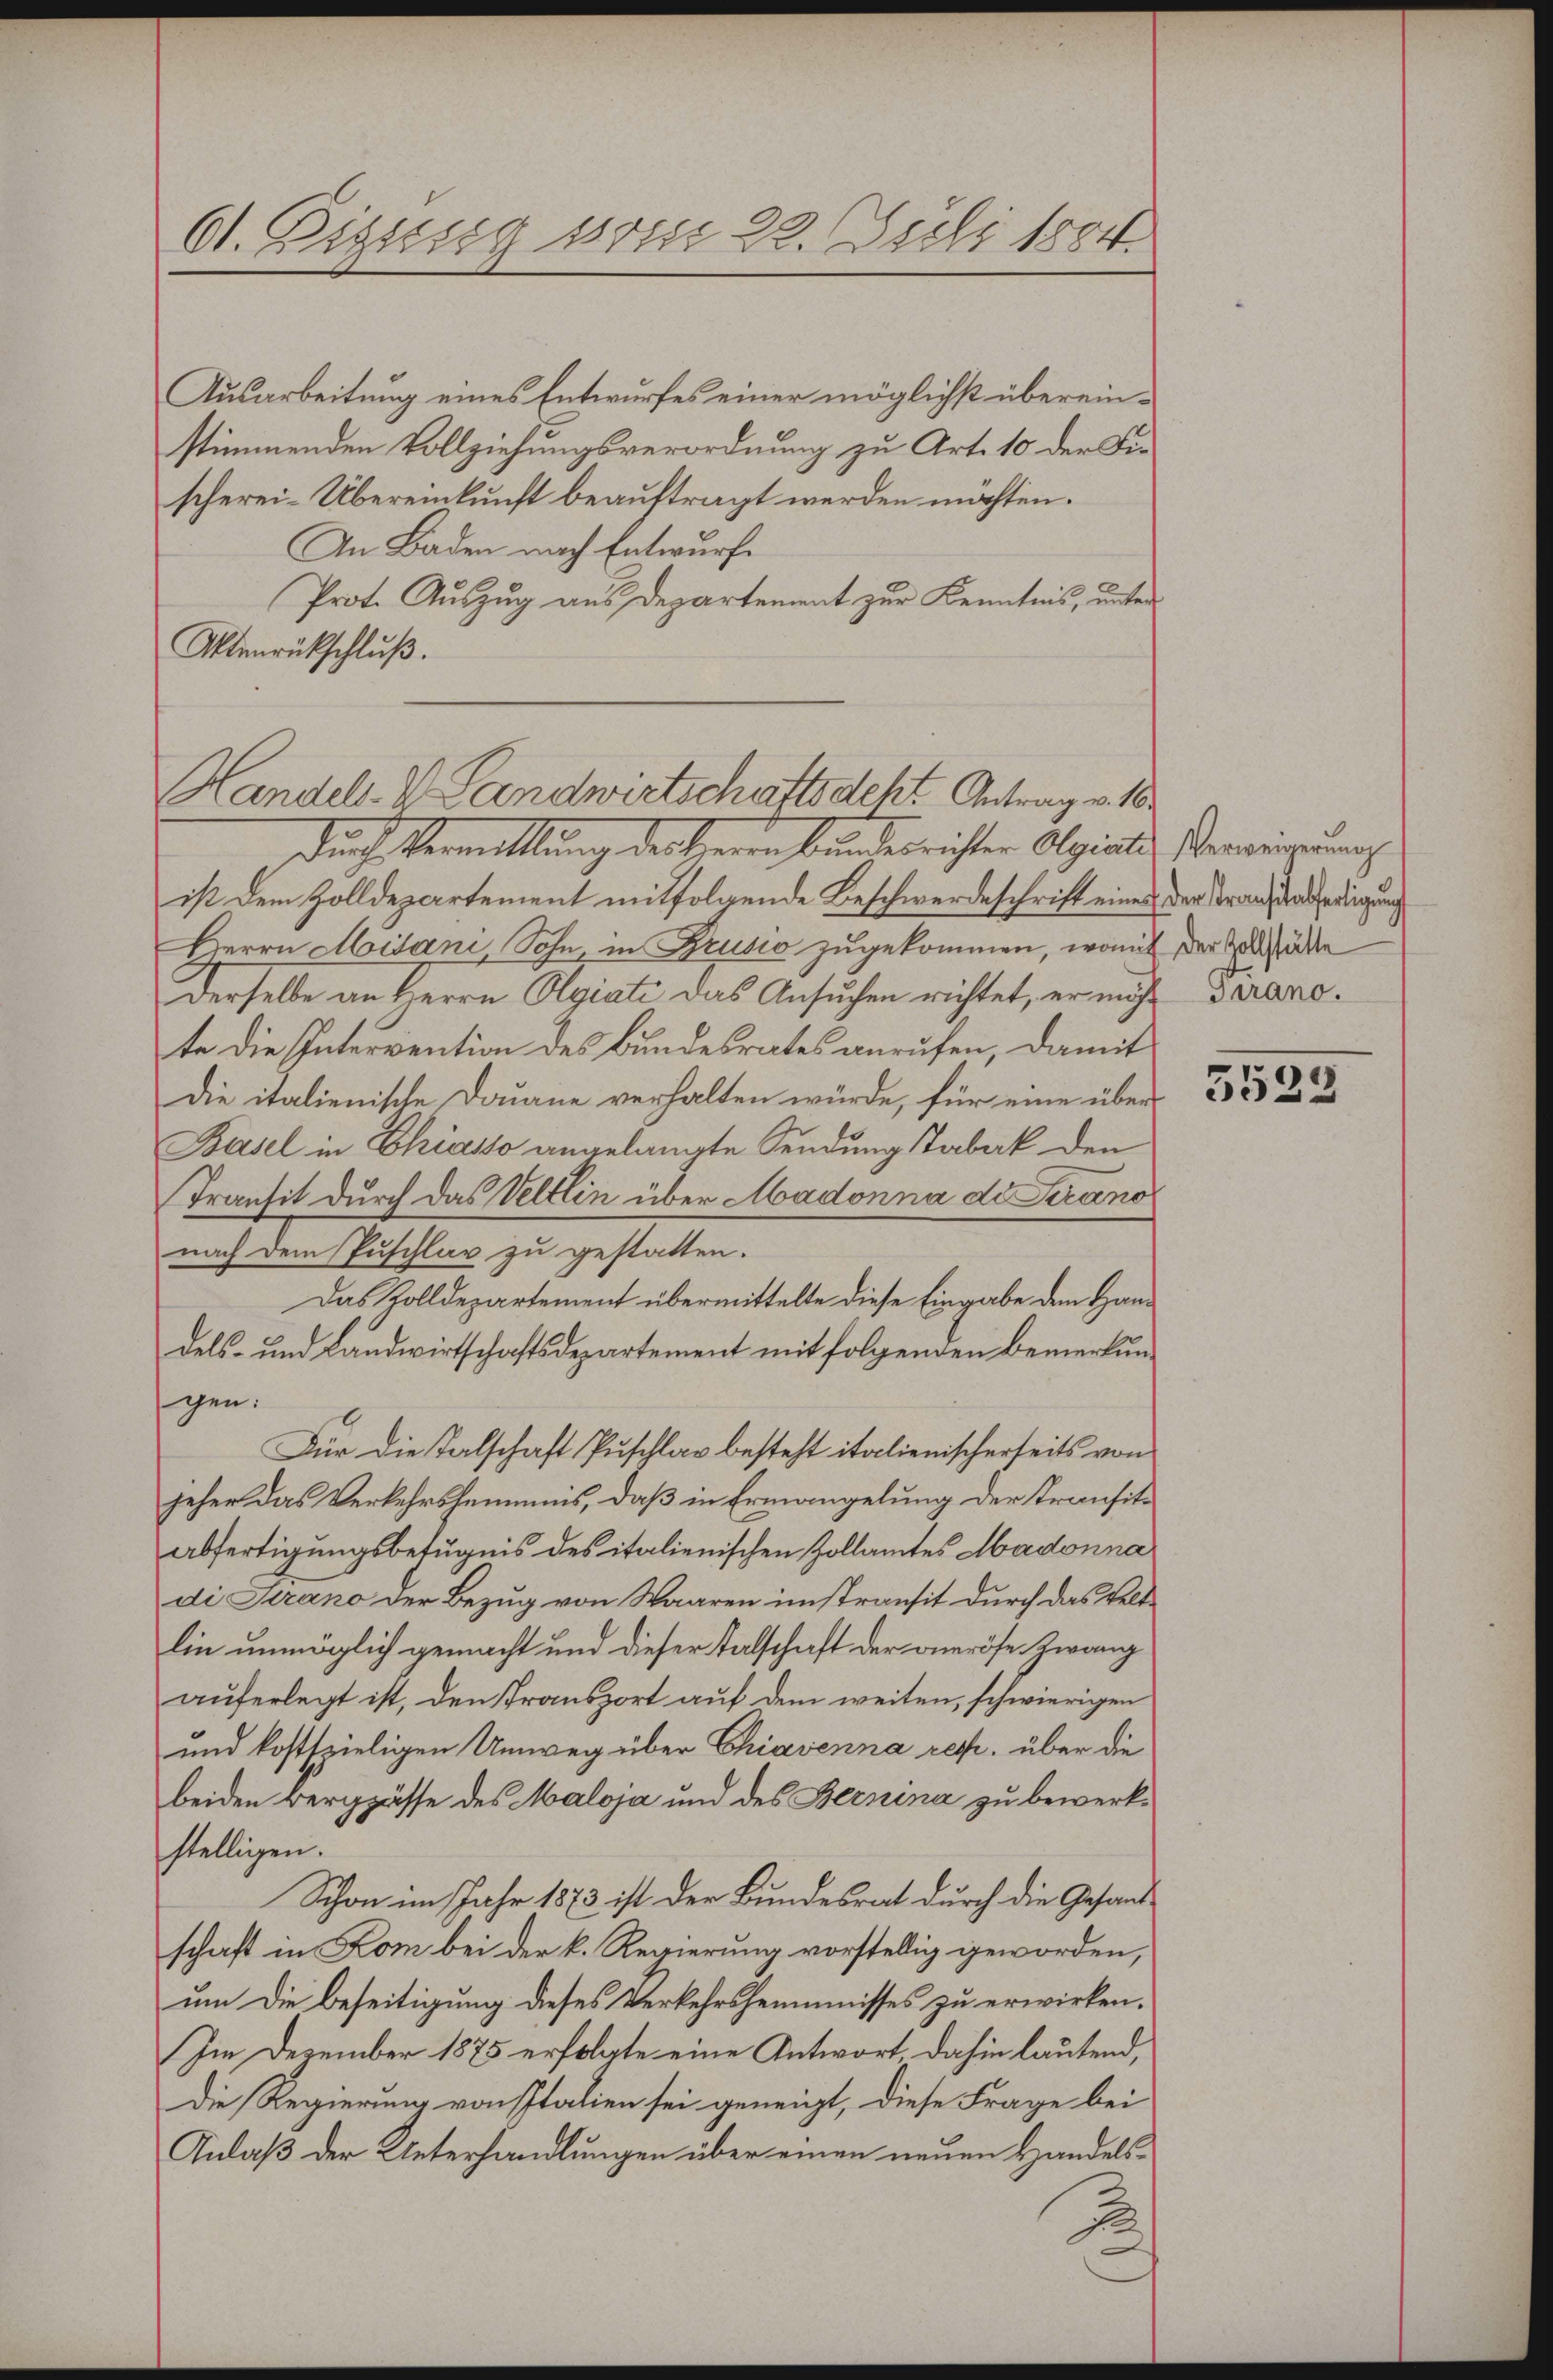
61. Diszig vom 22. Juli 1884.

Ausarbeitung eines Entwurfes einer möglichst übereinstimmenden Vollziehungsverordnung zu Art. 10 der Die
scherei-Übereinkunft beauftragt werden möchten.
An Baden nach Entwurfe
Prot. Auszug aus Departement zur Kenntnis, unter
Aktenrückschluß.
durch Vermillung der Herrn Bundernisten Algialis Verweigung
ist dem Zolldepartement mitfolgende Beschwerdeschrift eines der Franz daredigung
Herrn Mitani, Sohn, in Krusio zugekommen, womit der Zollstädte
Derselbe an Herrn Olgiati das Ansuchen richtet, er mich Tiranote die Intervention des Bundesrates anrufen, damit
Die italienische Douane verhalten würde, für eine über
Basel in Chiasso angelangte Sendung stabak den
Transit durch das Veltlin über Madonna de Strano
nach dem Puschlar zu gestatten.
Das Zolldepartement übermittelte diese Eingabe dem Handels- und Landwirtschaftsdepartement mit folgenden Bemerkungen:
Für die Talschaft Puschlav besteht italienischerseits von
jeher das Verkehrsheimnis, daß in Ermangelung der Transitabfertigungsbefugnis des italienischen Zollamtes Madonna
di Strano der Bezug von Waaren instransit durch das Veltlin unmöglich gemacht und dieser Talschaft der aneröse Zwang
auferlegt ist, den Transport auf dem weiten, schwierigen
und kostspieligen Umweg über Chiavenna resp. über die
beiden Bergpässe des Maloja und des Bernina zu bewerkstelligen.
Schon im Jahr 1873 ist der Bundesrat durch die Gesandschaft in Kom bei der k. Regierung vorstellig geworden,
um die Beseitigung dieses Verkehrsheimnisses zu erwirken.
Im Dezember 1875 erfolgte eine Antwort, dahin lautend,
Die Regierung von Italien sei geneigt, diese Frage bei
Anlaß der Unterhandlungen über einen neuen Handels¬

Handels- V. Landwirtschaftsdekt Antrag v. 16

3523